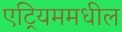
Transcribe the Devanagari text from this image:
एट्रियममधील